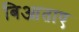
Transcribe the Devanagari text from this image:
बिआताए